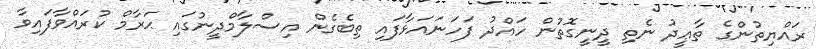
ރައްޔިތުންގެ ތާޢީދު ނެތި ދީނީގޮތުން ހައްދު ފަހަނައަޅާފައި ތިބެގެން އިސްލާމްދީނުގައި ޙަރާމް ކުރައްވާފައިވާ